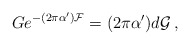
\begin{align*}G e^{-(2\pi\alpha^{\prime}){\cal F}} =(2\pi\alpha^{\prime})d{\cal G}\, ,\end{align*}